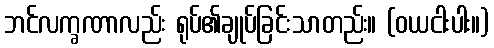
ဘင်လက္ခဏာလည်း ရုပ်၏ချုပ်ခြင်းသာတည်း။ (ဝယငါးပါး။)